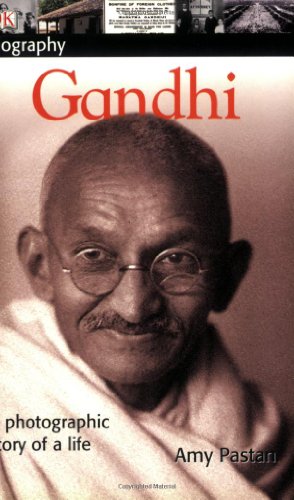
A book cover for DK Biography: Gandhi; Primo Levi; Children's Books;